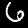
Digit: 6